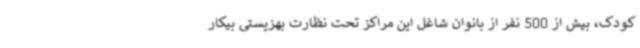
کودک، بیش از 500 نفر از بانوان شاغل این مراکز تحت نظارت بهزیستی بیکار